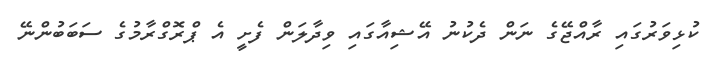
ކުޅިވަރުގައި ރާއްޖޭގެ ނަން ދެކުނު އޭޝިއާގައި ވިދާލަން ފެށީ އެ ޕްރޮގްރާމުގެ ސަބަބުންނޭ